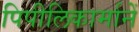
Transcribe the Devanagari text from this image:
पिपीलिकार्मानें